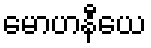
မောဟနီယေ